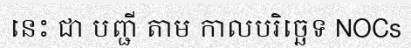
នេះ ជា បញ្ជី តាម កាលបរិច្ឆេទ NOCs